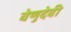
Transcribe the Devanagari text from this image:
वेणुदेवी